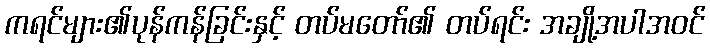
ကရင်များ၏ပုန်ကန်ခြင်းနှင့် တပ်မတော်၏ တပ်ရင်း အချို့အပါအဝင်